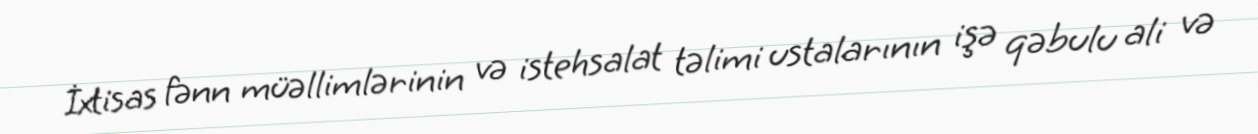
İxtisas fənn müəllimlərinin və istehsalat təlimi ustalarının işə qəbulu ali və